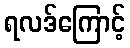
ရလဒ်ကြောင့်